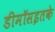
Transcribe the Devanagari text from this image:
डीमॉसइतके